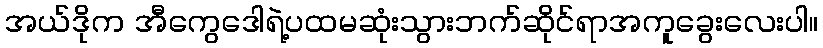
အယ်ဒိုက အီကွေဒေါရဲ့ပထမဆုံးသွားဘက်ဆိုင်ရာအကူခွေးလေးပါ။